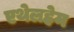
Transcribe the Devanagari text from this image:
एथेलहेम